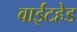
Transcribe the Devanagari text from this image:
वाईटहेड